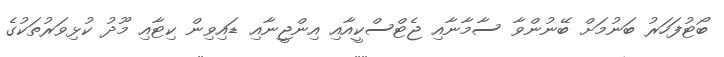
ބޯޓުފަހަރު ބަނުމަށް ބޭނުންވާ ސާމާނާއި ޖެޓްސްކީއާއި އިންޖީނާއި ޑައިވިން ކިޓާއި މޫދު ކުޅިވަރުތަކުގެ